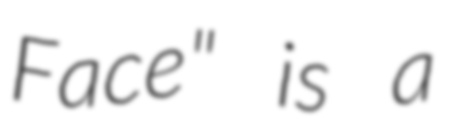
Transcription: Face" is a